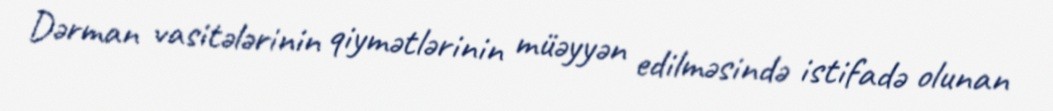
Dərman vasitələrinin qiymətlərinin müəyyən edilməsində istifadə olunan